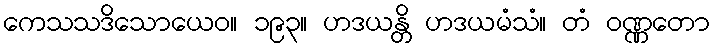
ကေသသဒိသောယေဝ။ ၁၉၃။ ဟဒယန္တိ ဟဒယမံသံ။ တံ ဝဏ္ဏတော